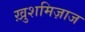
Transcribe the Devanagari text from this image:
ख़ुशमिज़ाज